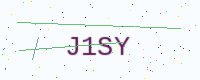
Text: J1SY